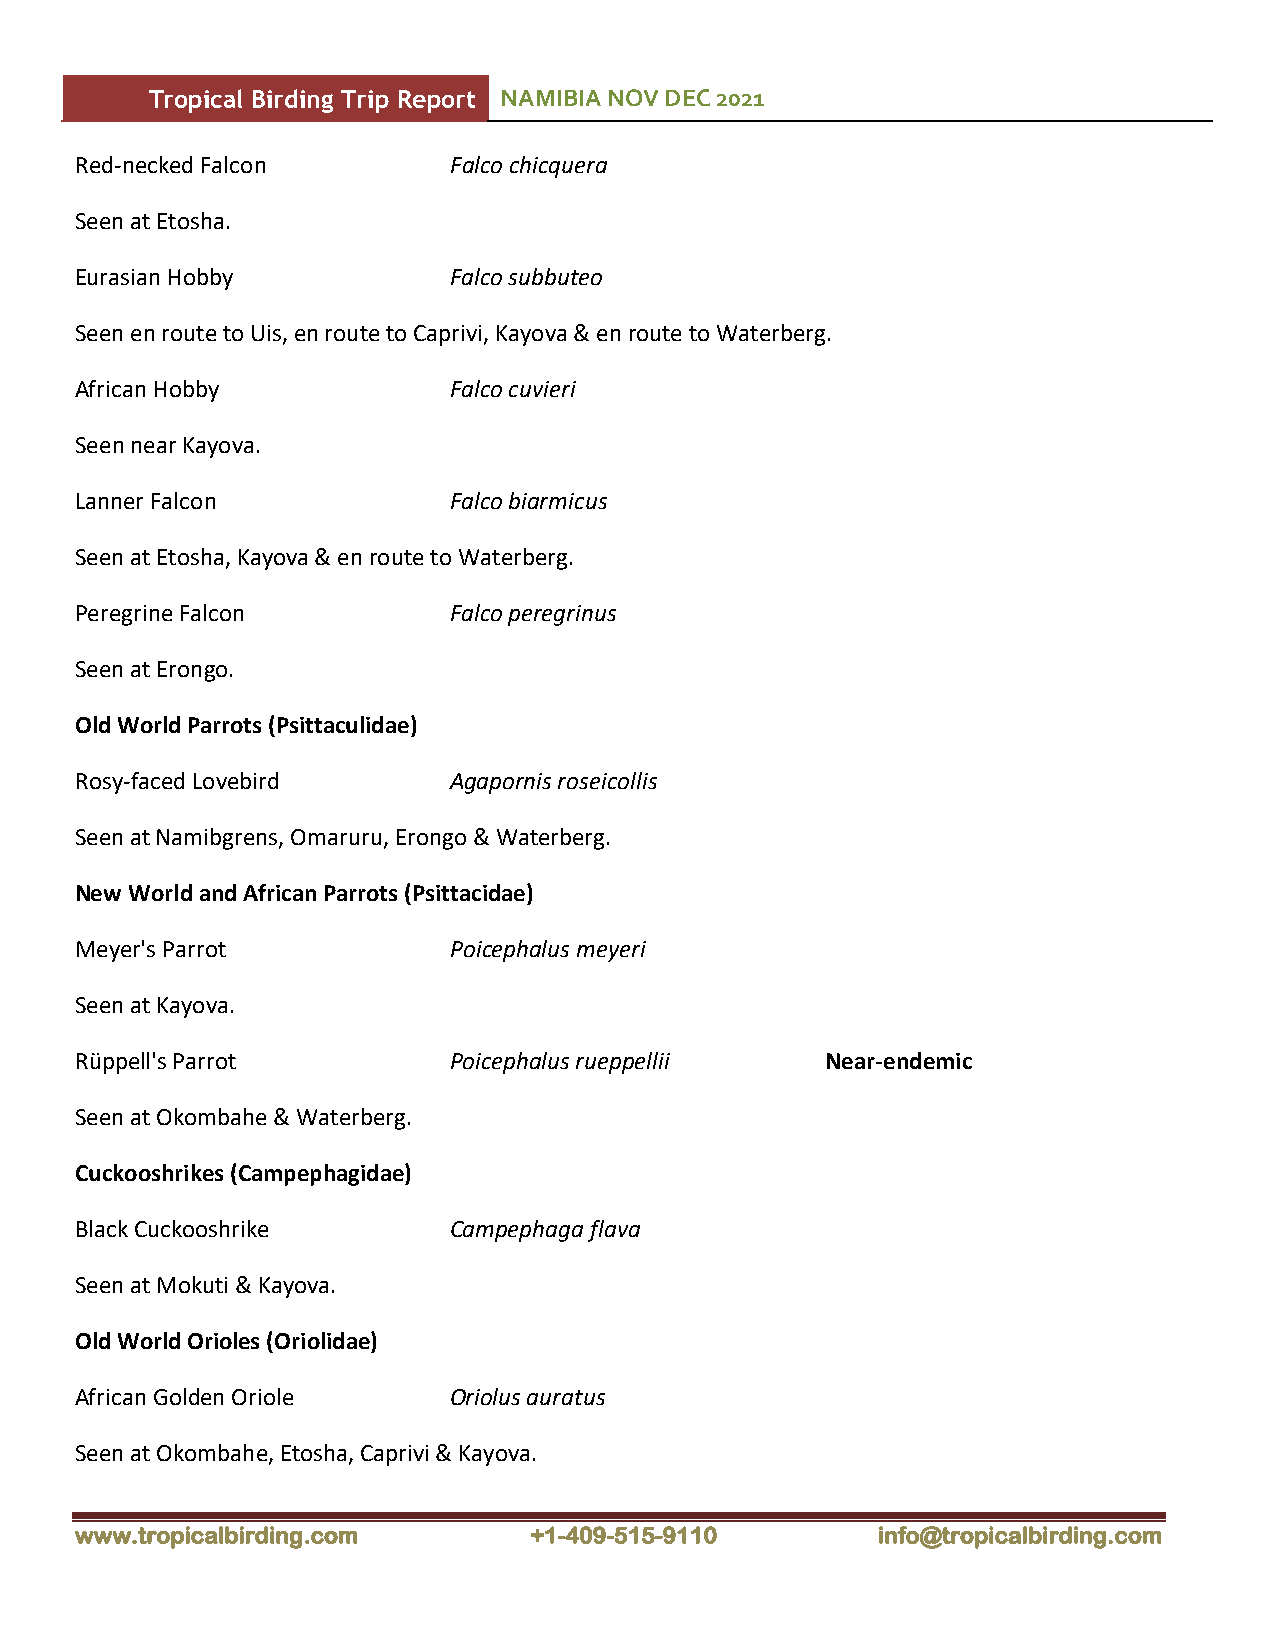
Tropical Birding Trip Report NAMIBIA NOV DEC 2021
 Red-necked Falcon        Falco chicquera
 Seen at Etosha.
 Eurasian Hobby           Falco subbuteo
 Seen en route to Uis, en route to Caprivi, Kayova & en route to Waterberg.
 African Hobby            Falco cuvieri
 Seen near Kayova.
 Lanner Falcon            Falco biarmicus
 Seen at Etosha, Kayova & en route to Waterberg.
 Peregrine Falcon         Falco peregrinus
 Seen at Erongo.
 Old World Parrots (Psittaculidae)
 Rosy-faced Lovebird      Agapornis roseicollis
 Seen at Namibgrens, Omaruru, Erongo & Waterberg.
 New World and African Parrots (Psittacidae)
 Meyer's Parrot           Poicephalus meyeri
 Seen at Kayova.
 Rüppell's Parrot         Poicephalus rueppellii   Near-endemic
 Seen at Okombahe & Waterberg.
 Cuckooshrikes (Campephagidae)
 Black Cuckooshrike       Campephaga flava
 Seen at Mokuti & Kayova.
 Old World Orioles (Oriolidae)
 African Golden Oriole    Oriolus auratus
 Seen at Okombahe, Etosha, Caprivi & Kayova.
 www.tropicalbirding.com       +1-409-515-9110        info@tropicalbirding.com